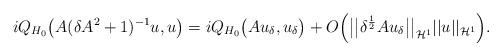
LaTeX: \begin{align*} i Q_{H_0} \big(A (\delta A^2 + 1)^{-1} u , u \big) = i Q_{H_0} \big( A u_{\delta} , u_{\delta} \big) + O \Big( \big| \big|\delta^{\frac{1}{2}} A u_{\delta} \big| \big|_{{\mathcal H}^1} || u ||_{{\mathcal H}^1} \Big) .\end{align*}